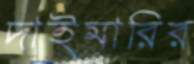
দাইমারির